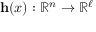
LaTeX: \mathbf { h } ( x ) : \, \! \mathbb { R } ^ { n } \rightarrow \mathbb { R } ^ { \ell }